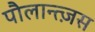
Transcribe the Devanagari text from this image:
पौलान्त्ज़स